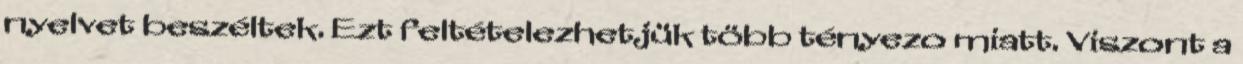
nyelvet beszéltek. Ezt feltételezhetjük több tényezo miatt. Viszont a